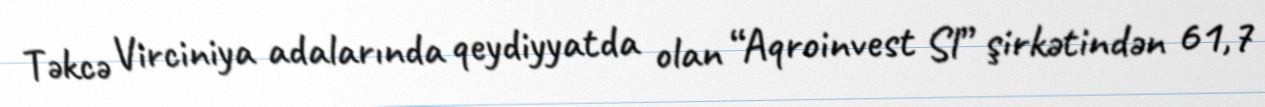
Təkcə Virciniya adalarında qeydiyyatda olan “Aqroinvest Sl” şirkətindən 61,7